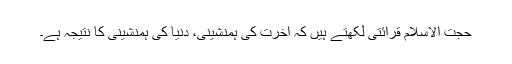
حجت الاسلام قرائتی لکھتے ہیں کہ آخرت کی ہمنشینی، دنیا کی ہمنشینی کا نتیجہ ہے۔